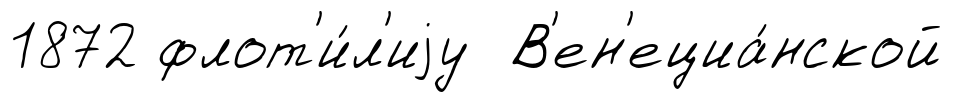
1872 флот'и́л'иjу В'ен'ециа́нской